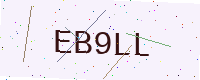
Text: EB9LL